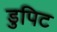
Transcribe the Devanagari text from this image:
डुपिट